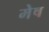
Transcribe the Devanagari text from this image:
मेेष